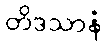
တိဒသာနံ